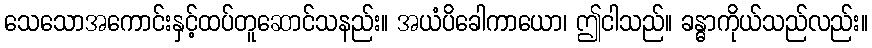
သေသောအကောင်းနှင့်ထပ်တူဆောင်သနည်း။ အယံပိခေါကာယော၊ ဤငါသည်။ ခန္ဓာကိုယ်သည်လည်း။